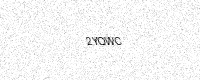
Text: 2YQWC